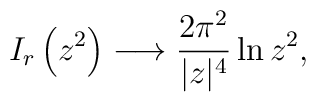
I_r\left(z^2\right)\longrightarrow\frac{2\pi^2}{|z|^4}\ln z^2,